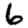
Digit: 6